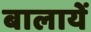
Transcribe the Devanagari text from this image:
बालायें